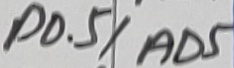
Text: P0.5/AD5